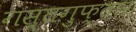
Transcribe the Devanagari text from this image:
गस्तगुफ्तार